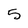
Character: 5